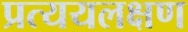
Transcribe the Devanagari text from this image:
प्रत्ययलक्षण